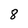
Character: 8